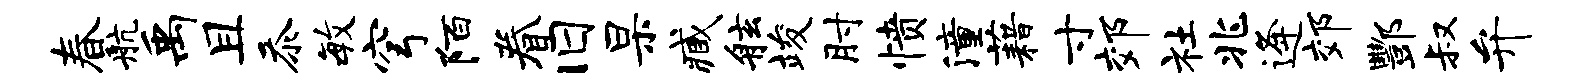
春航禹且忝毓穹陌眷旧杲臧舷竣肘愤潼藉寸郊社兆逄郊酆叔弁